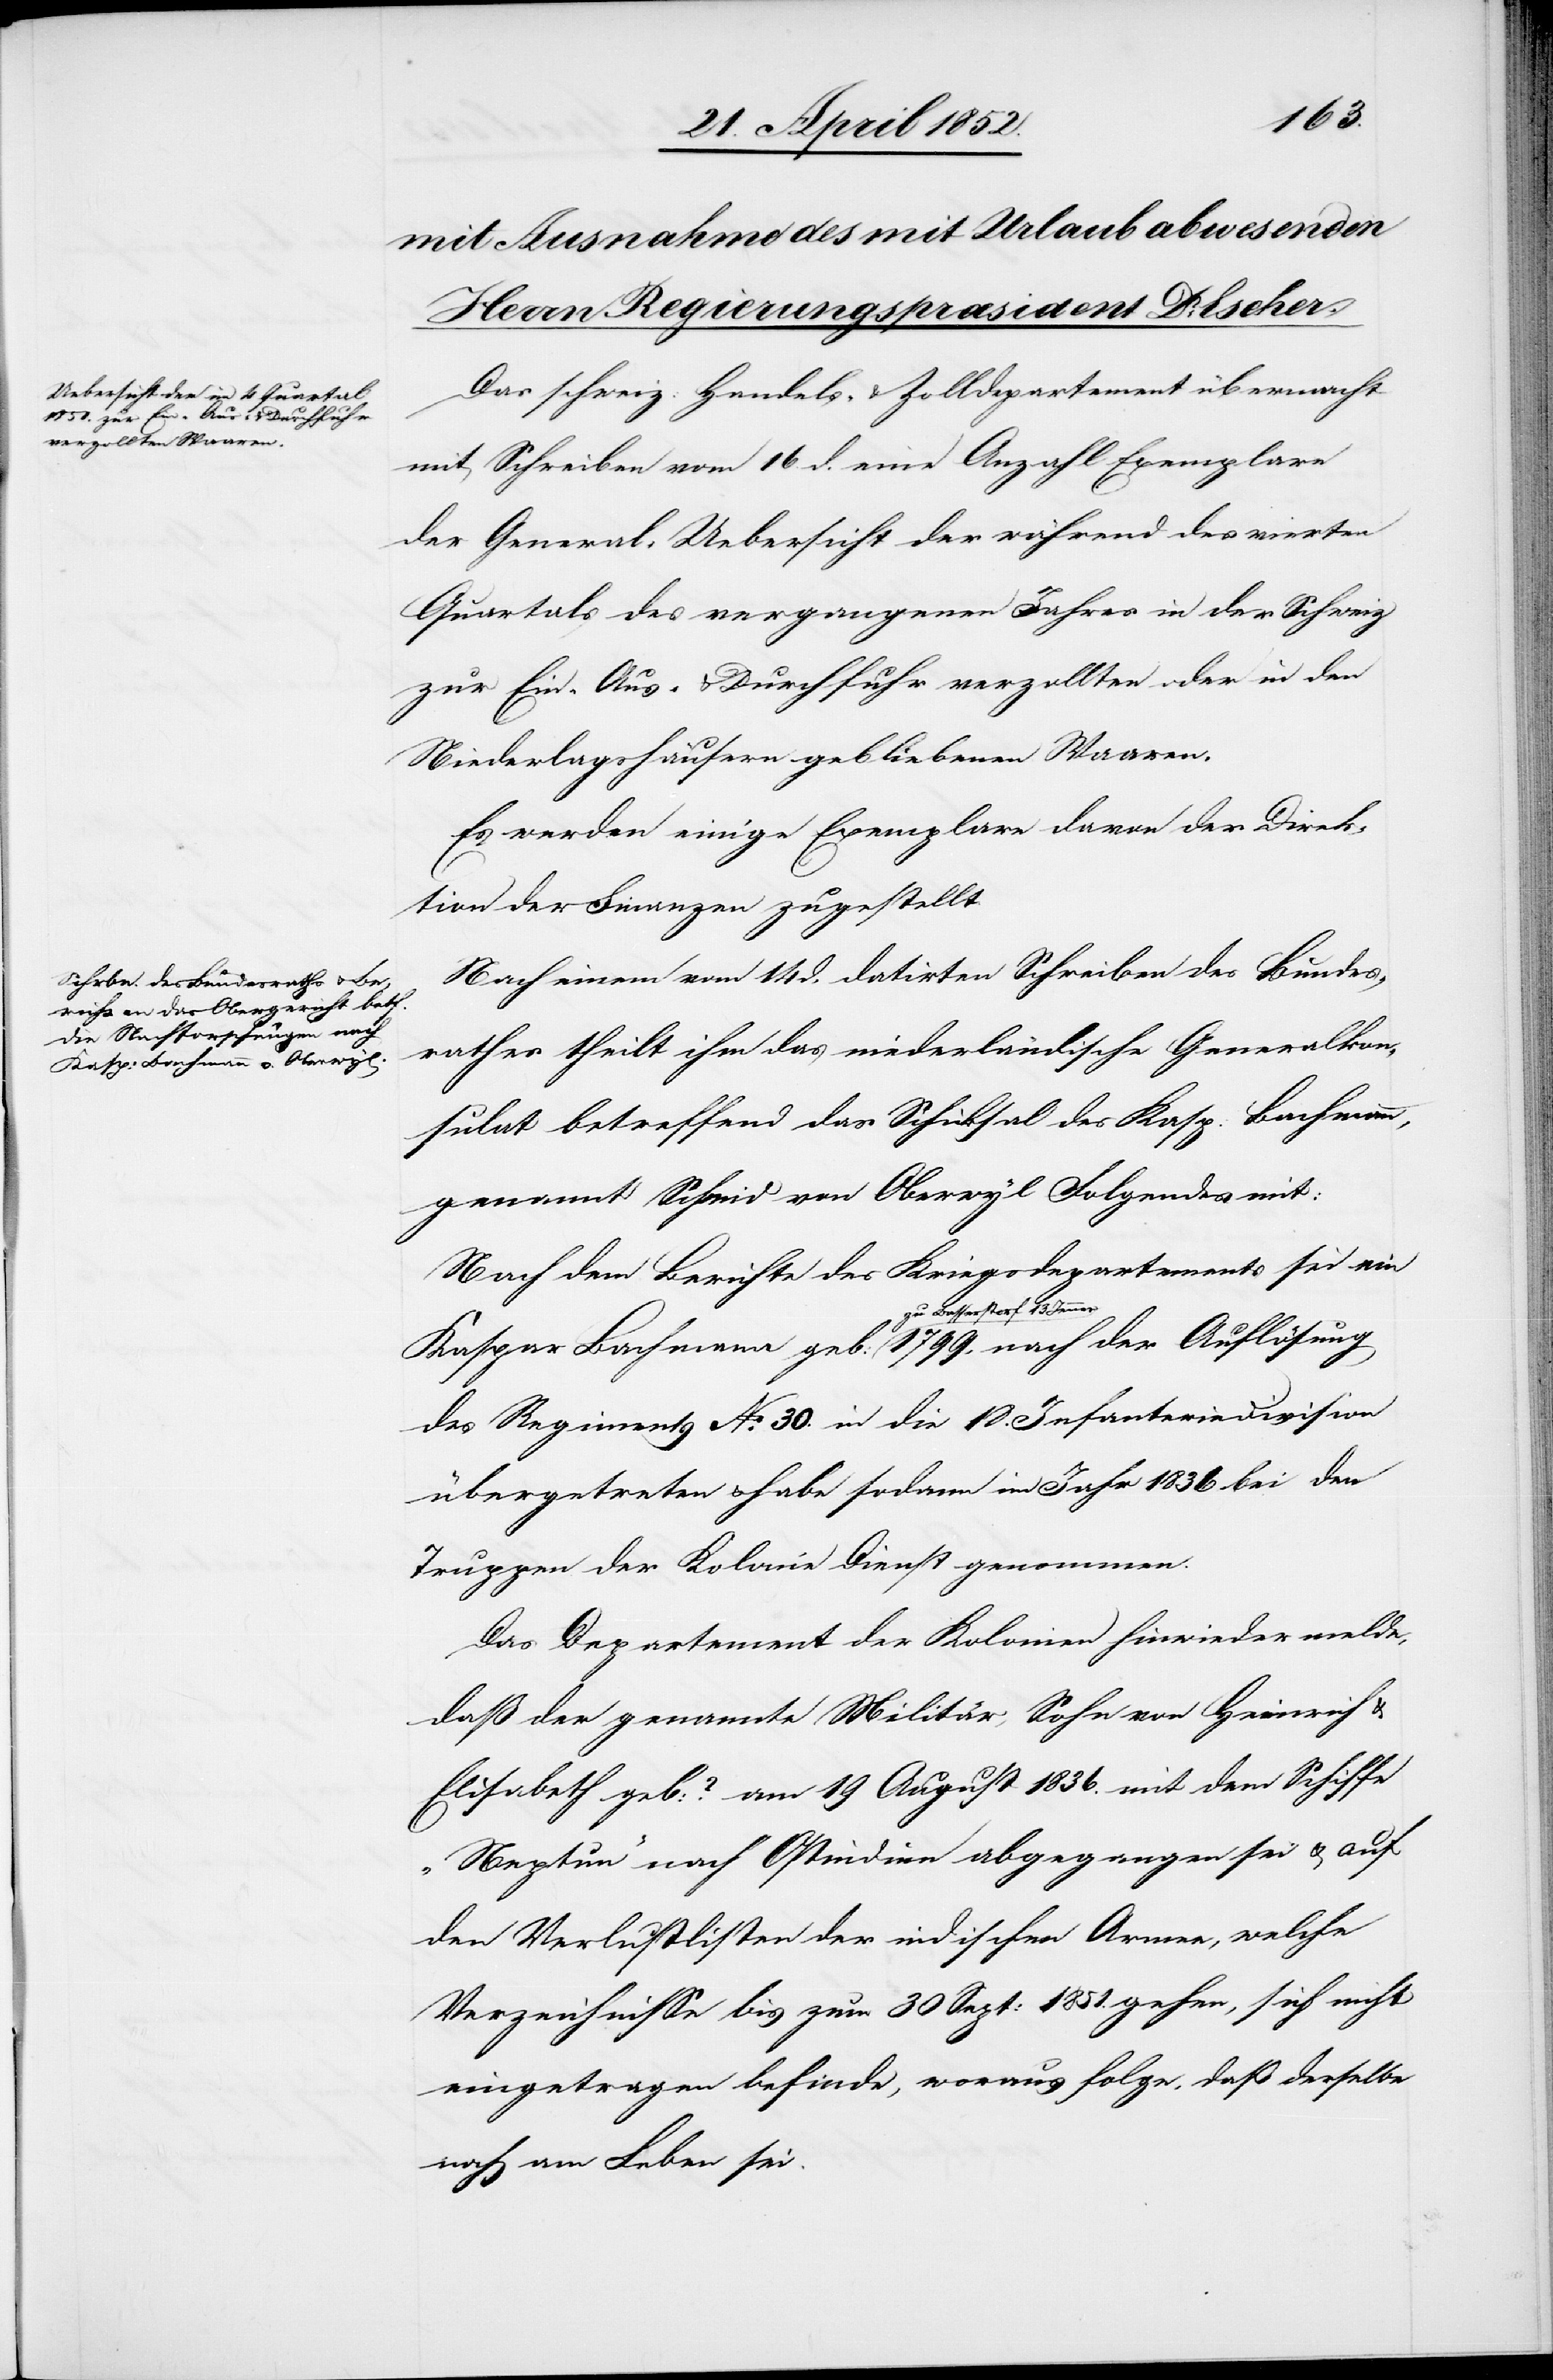
Das schweiz: Handels- & Zolldepartement übermacht
mit Schreiben vom 16. d. eine Anzahl Exemplare
der General-Uebersicht der während des vierten
Quartals des vergangenen Jahres in der Schweiz
zur Ein-[,] Aus- & Durchfuhr verzollten oder in den
Niederlagshäusern gebliebenen Waaren.
Es werden einige Exemplare davon der Direk¬
tion der Finanzen zugestellt.
Nach einem vom 14 d. datirten Schreiben des Bundes¬
rathes theilt ihm das niederländische Generalkon¬
sulat betreffend das Schicksal des Kasp. Bachmann,
genannt Schmid von Oberwyl Folgendes mit:
Nach dem Berichte des Kriegsdepartements sei ein
zu Basserstorf 13 Jenner
des Regiments No. 30. in die 18. Infanteriedivision
übergetreten & habe sodann im Jahr 1836 bei den
Truppen der Kolonie Dienst genommen.
Das Departement der Kolonien hinwieder melde,
daß der genannte Militär, Sohn von Heinrich
Elisabeth geb: ? am 19 August 1836. mit dem Schiffe
„Neptun“ nach Ostindien abgegangen sei & auf
den Verlustlisten der indischen Armee, welche
Verzeichnisse bis zum 30 Sept: 1851. gehen, sich nicht
eingetragen befinde, woraus folge, daß derselbe
noch am Leben sei.